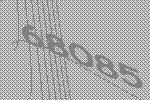
68085